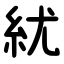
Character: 紌